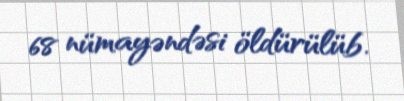
68 nümayəndəsi öldürülüb.